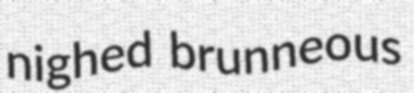
nighed brunneous